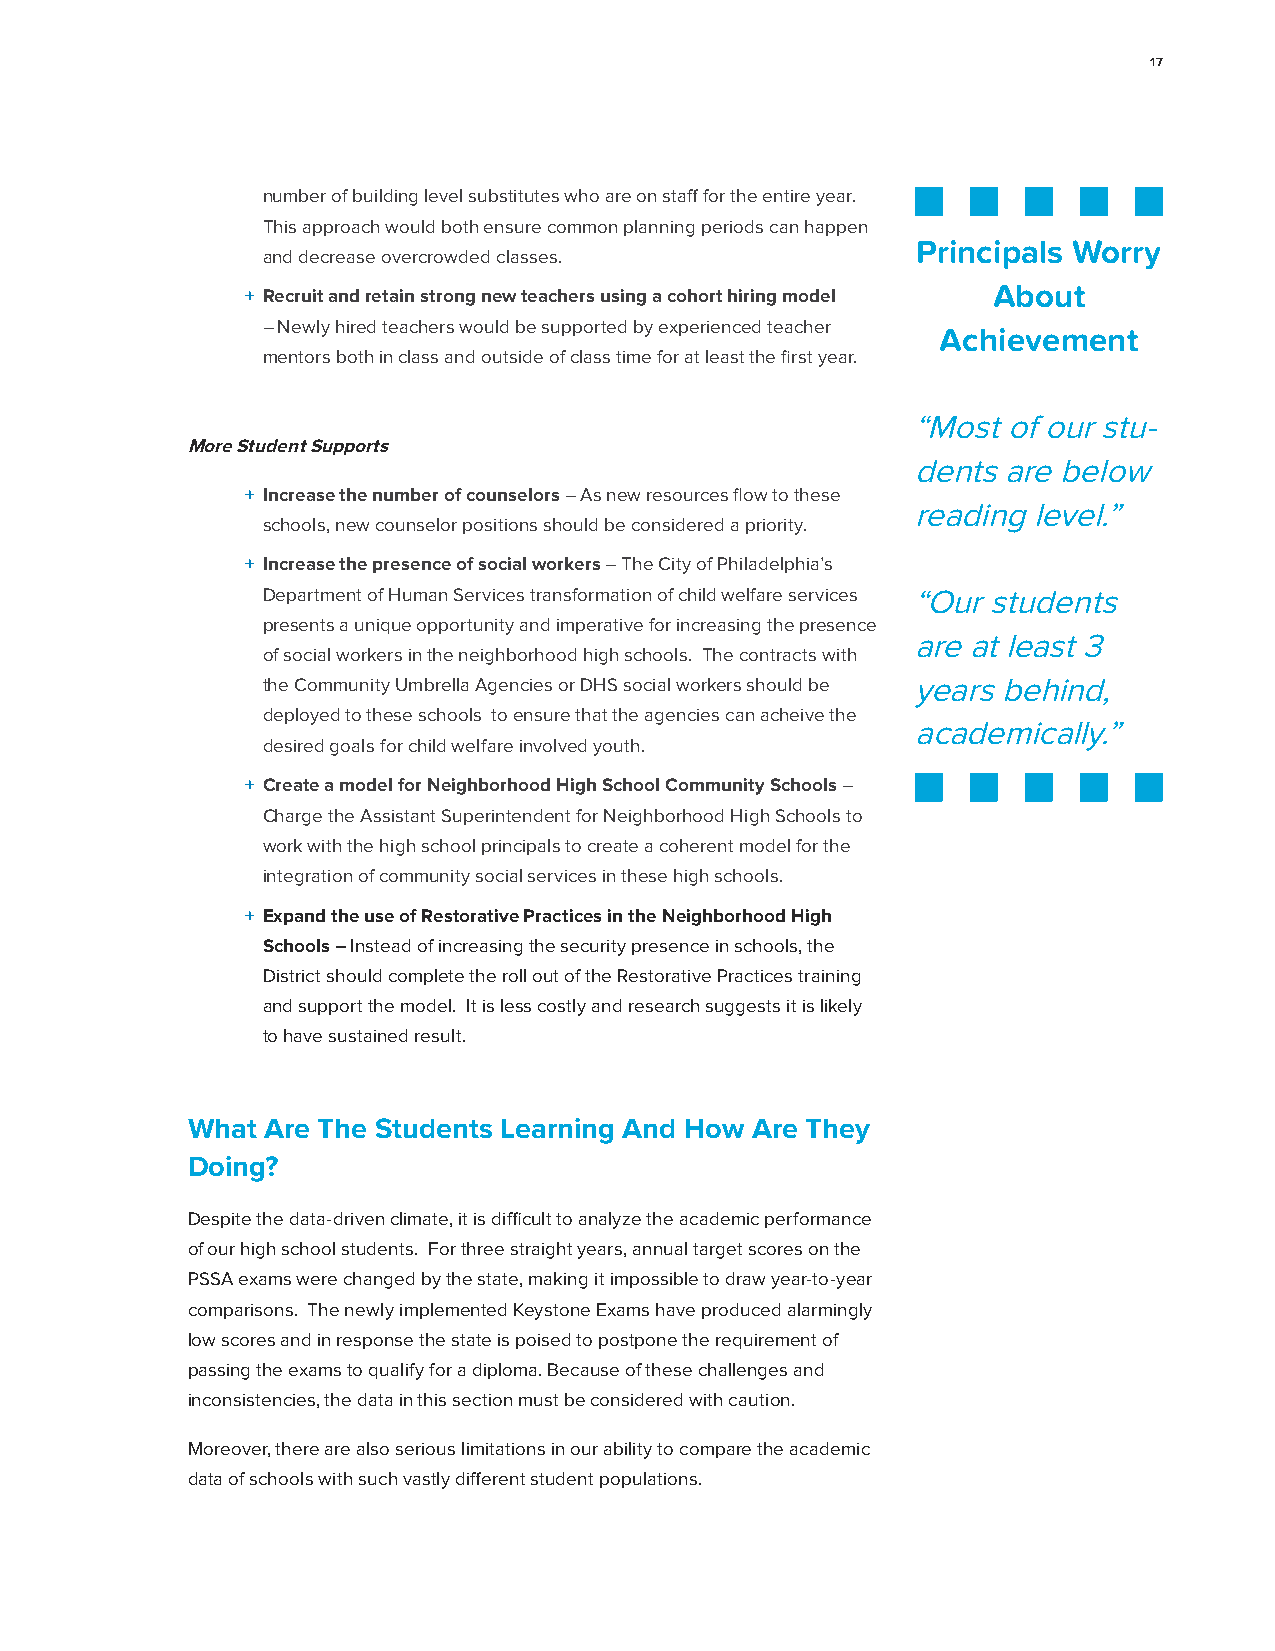
17
 number of building level substitutes who are on staff for the entire year.
 This approach would both ensure common planning periods can happen
 Princ ipals Worr y
 and decrease overcrowded classes.
 Abou t
 + Recruit and retain strong new teachers using a cohort hiring model
 – Newly hired teachers would be supported by experienced teacher Ach ievem ent
 mentors both in class and outside of class time for at least the first year.
 “ Most of ou r stu -
 More Student Supports
 d ents are b elow
 + Increase the number of counselors – As new resources flow to these
 r eadin g lev el.”
 schools, new counselor positions should be considered a priority.
 + Increase the presence of social workers – The City of Philadelphia’s
 Department of Human Services transformation of child welfare services “ Our s tude nts
 presents a unique opportunity and imperative for increasing the presence
 a re at least 3
 of social workers in the neighborhood high schools. The contracts with
 the Community Umbrella Agencies or DHS social workers should be y ears behin d,
 deployed to these schools to ensure that the agencies can acheive the
 a cade mica lly.”
 desired goals for child welfare involved youth.
 + Create a model for Neighborhood High School Community Schools –
 Charge the Assistant Superintendent for Neighborhood High Schools to
 work with the high school principals to create a coherent model for the
 integration of community social services in these high schools.
 + Expand the use of Restorative Practices in the Neighborhood High
 Schools – Instead of increasing the security presence in schools, the
 District should complete the roll out of the Restorative Practices training
 and support the model. It is less costly and research suggests it is likely
 to have sustained result.
 What Are The Students Learning And How Are They
 Doing?
 Despite the data-driven climate, it is difficult to analyze the academic performance
 of our high school students. For three straight years, annual target scores on the
 PSSA exams were changed by the state, making it impossible to draw year-to-year
 comparisons. The newly implemented Keystone Exams have produced alarmingly
 low scores and in response the state is poised to postpone the requirement of
 passing the exams to qualify for a diploma. Because of these challenges and
 inconsistencies, the data in this section must be considered with caution.
 Moreover, there are also serious limitations in our ability to compare the academic
 data of schools with such vastly different student populations.